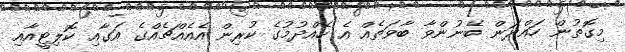
މިގޮތުން ހައްދަން ބޭނުންވާ ބާވަތެއް އެ ހެއްދުމުގެ ކުރިން އެއެއްޗެއްގެ އަގާއި ކޮލިޓީއާއި